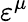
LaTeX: \varepsilon^{\mu}